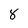
Character: 8